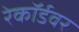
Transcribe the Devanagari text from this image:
रेकॉर्डवर